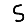
Digit: 5